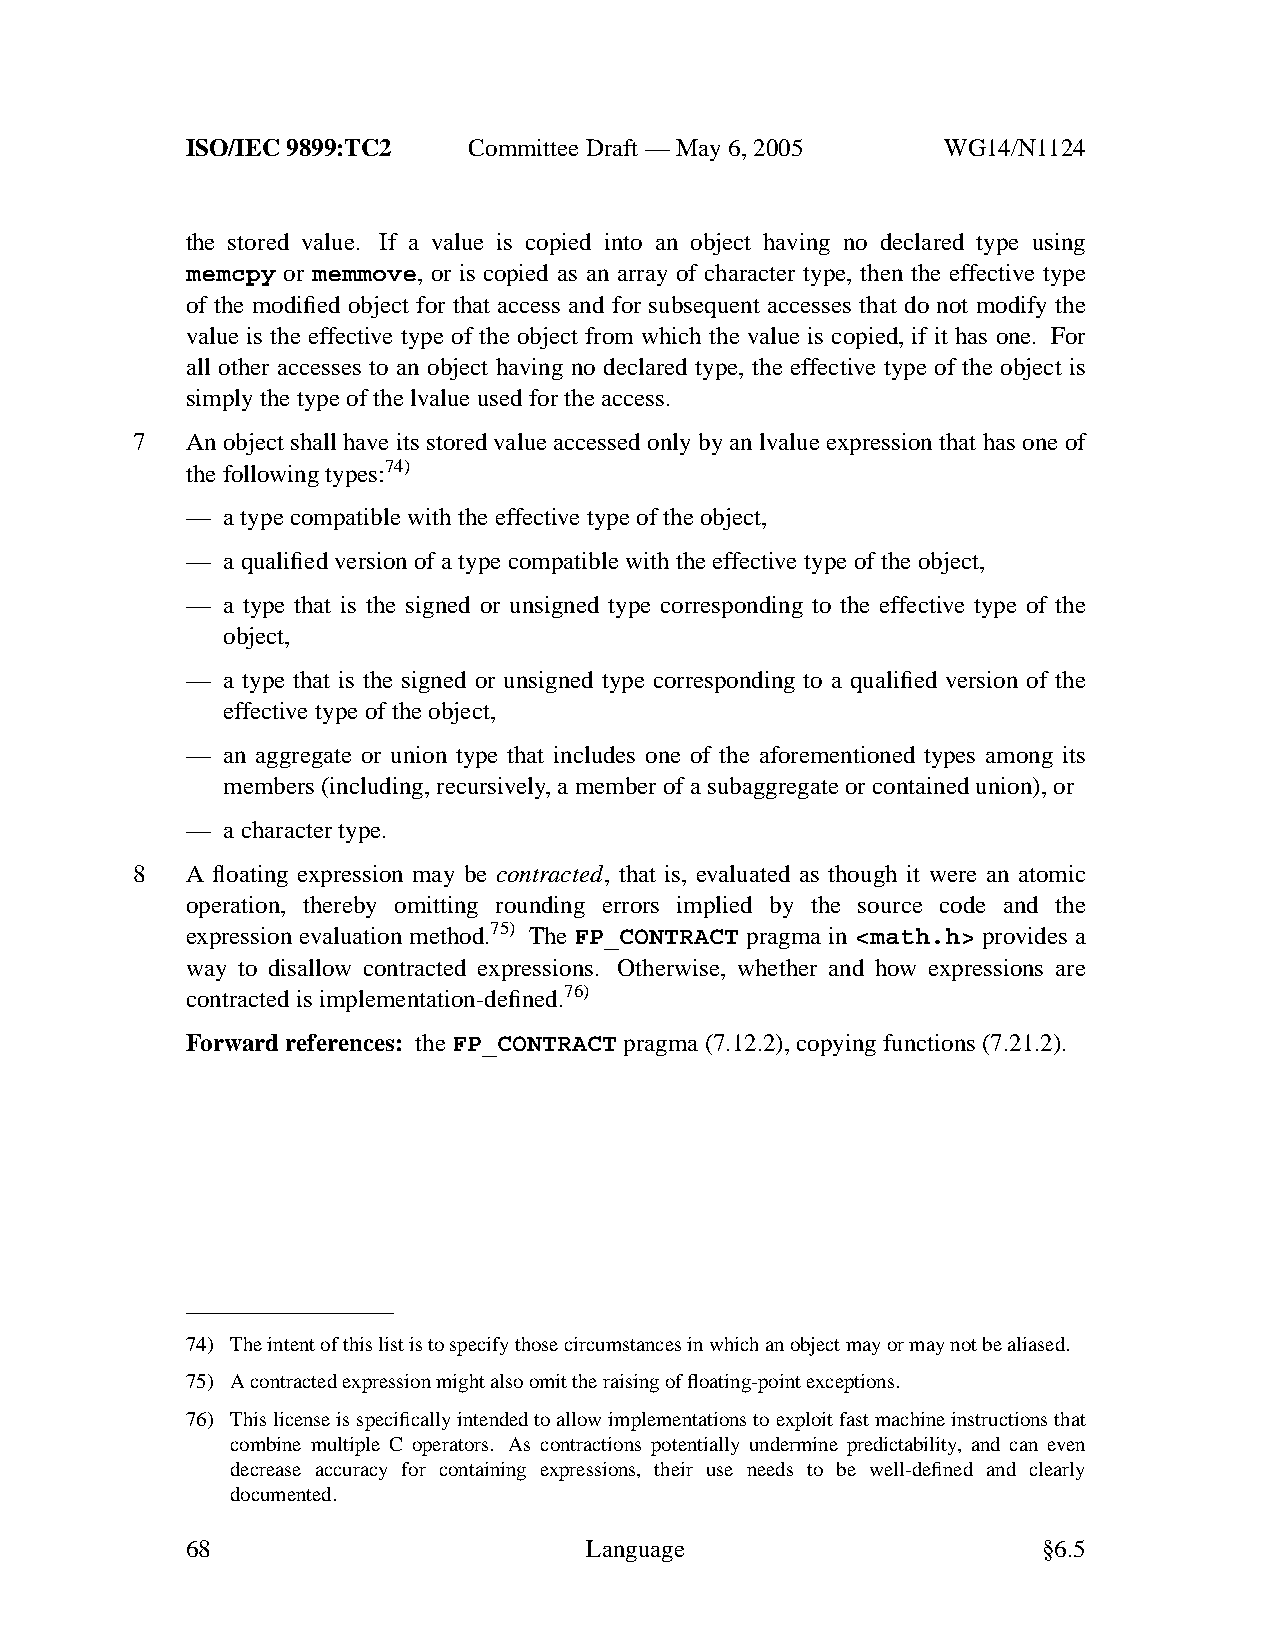
ISO/IEC 9899:TC2   Committee Draft — May 6, 2005   WG14/N1124
 the stored value. If a value is copied into an object having no declared type using
 memcpy or memmove, or is copied as an array of character type, then the effective type
 of the modified object for that access and for subsequent accesses that do not modify the
 value is the effective type of the object from which the value is copied, if it has one. For
 all other accesses to an object having no declared type, the effective type of the object is
 simply the type of the lvalue used for the access.
 7  An object shall have its stored value accessed only by an lvalue expression that has one of
 the following types:74)
 —  atype compatible with the effective type of the object,
 —  aqualified version of a type compatible with the effective type of the object,
 —  a type that is the signed or unsigned type corresponding to the effective type of the
 object,
 —  a type that is the signed or unsigned type corresponding to a qualified version of the
 effective type of the object,
 —  an aggregate or union type that includes one of the aforementioned types among its
 members (including, recursively,amember of a subaggregate or contained union), or
 —  acharacter type.
 8  A floating expression may be contracted, that is, evaluated as though it were an atomic
 operation, thereby omitting rounding errors implied by the source code and the
 expression evaluation method.75) The FP_CONTRACT pragma in <math.h> provides a
 way to disallow contracted expressions. Otherwise, whether and how expressions are
 contracted is implementation-defined.76)
 Forward references: theFP_CONTRACT pragma (7.12.2), copying functions (7.21.2).
 74) The intent of this list is to specify those circumstances in which an object may or may not be aliased.
 75) Acontracted expression might also omit the raising of floating-point exceptions.
 76) This license is specifically intended to allowimplementations to exploit fast machine instructions that
 combine multiple C operators. As contractions potentially undermine predictability, and can even
 decrease accuracy for containing expressions, their use needs to be well-defined and clearly
 documented.
 68                         Language                      §6.5